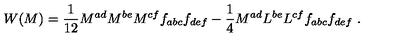
W ( M ) = \frac { 1 } { 1 2 } M ^ { a d } M ^ { b e } M ^ { c f } f _ { a b c } f _ { d e f } - \frac { 1 } { 4 } M ^ { a d } L ^ { b e } L ^ { c f } f _ { a b c } f _ { d e f } \ .